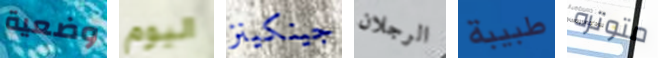
وضعية اليوم جينكينز الرجلان طبيبة متوتره